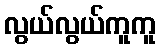
လွယ်လွယ်ကူကူ